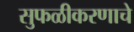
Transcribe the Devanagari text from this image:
सुफळीकरणाचे